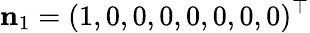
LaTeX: {\mathbf n}_{1}=(1,0,0,0,0,0,0,0)^{\top}